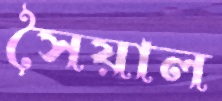
সৈয়াল